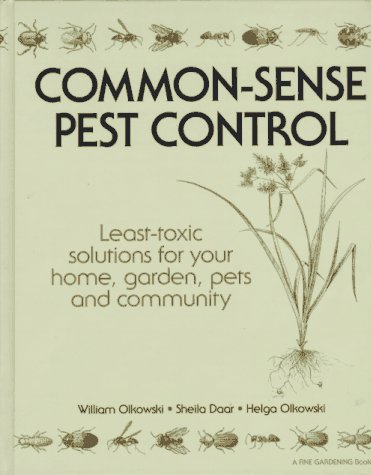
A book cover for Common-Sense Pest Control: Least-Toxic Solutions for Your Home, Garden, Pets and Community; William Olkowski; Crafts, Hobbies & Home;